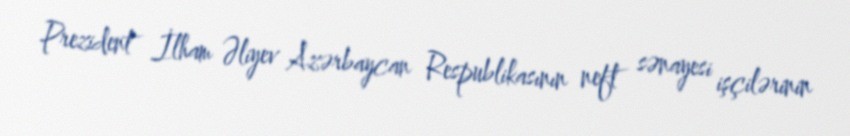
Prezident İlham Əliyev Azərbaycan Respublikasının neft sənayesi işçilərinin